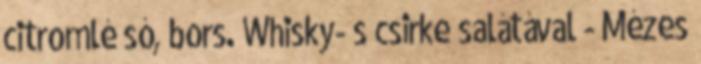
citromlé só, bors. Whisky- s csirke salátával - Mézes